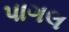
પાગલ